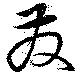
発